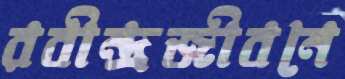
রবীন্দ্রজীবনে